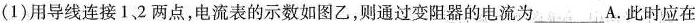
(1)用导线连接1、2两点，电流表的示数如图乙，则通过变阻器的电流为___A.此时应在